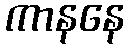
ကာနနေ